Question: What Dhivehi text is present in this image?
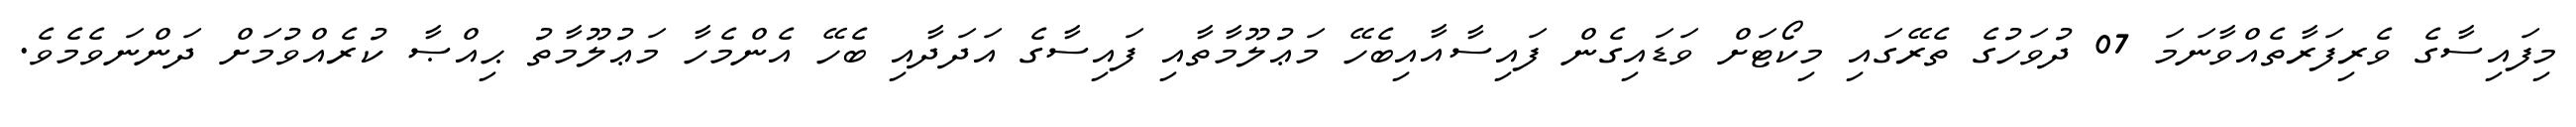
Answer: މިފައިސާގެ ވެރިފަރާތެއްވާނަމަ 07 ދުވަހުގެ ތެރޭގައި މިކޯޓަށް ވަޑައިގެން ފައިސާއާއިބެހޭ މަޢުލޫމާތާއި ފައިސާގެ އަދަދާއި ބެހޭ އެންމެހާ މަޢުލޫމާތު ޙިއްޞާ ކުރެއްވުމަށް ދަންނަވެމެވެ.